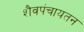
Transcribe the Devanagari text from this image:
शैवपंचायतन